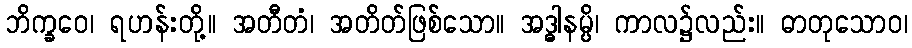
ဘိက္ခဝေ၊ ရဟန်းတို့။ အတီတံ၊ အတိတ်ဖြစ်သော။ အဒ္ဓါနမ္ပိ၊ ကာလ၌လည်း။ ဓာတုသောဝ၊